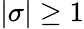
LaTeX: |\sigma|\geq 1